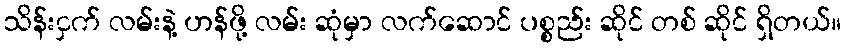
သိန်းငှက် လမ်းနဲ့ ဟန်ဖို့ လမ်း ဆုံမှာ လက်ဆောင် ပစ္စည်း ဆိုင် တစ် ဆိုင် ရှိတယ်။